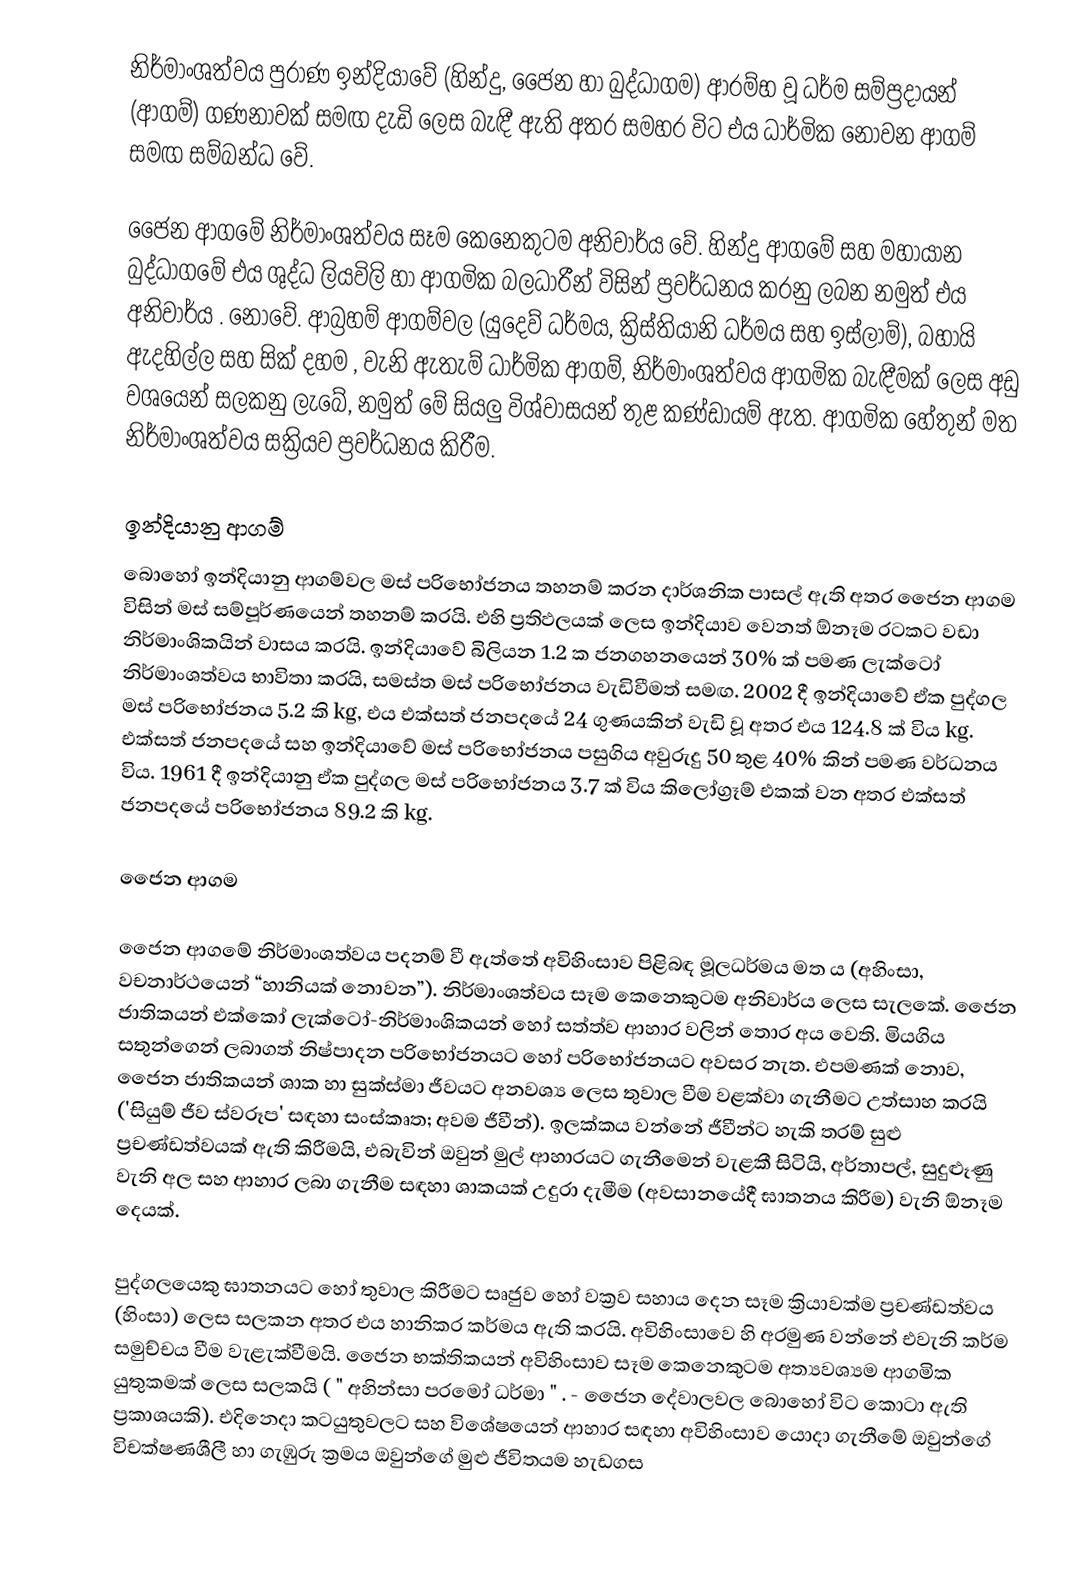
නිර්මාංශත්වය පුරාණ ඉන්දියාවේ (හින්දු, ජෛන හා බුද්ධාගම) ආරම්භ වූ ධර්ම සම්ප්‍රදායන් (ආගම්) ගණනාවක් සමඟ දැඩි ලෙස බැඳී ඇති අතර සමහර විට එය ධාර්මික නොවන ආගම් සමඟ සම්බන්ධ වේ.

ජෛන ආගමේ නිර්මාංශත්වය සෑම කෙනෙකුටම අනිවාර්ය වේ.  හින්දු ආගමේ සහ මහායාන බුද්ධාගමේ එය ශුද්ධ ලියවිලි හා ආගමික බලධාරීන් විසින් ප්‍රවර්ධනය කරනු ලබන නමුත් එය අනිවාර්ය . නොවේ.  ආබ්‍රහම් ආගම්වල (යුදෙව් ධර්මය, ක්‍රිස්තියානි ධර්මය සහ ඉස්ලාම්), බහායි ඇදහිල්ල සහ සික් දහම , වැනි ඇතැම් ධාර්මික ආගම්, නිර්මාංශත්වය ආගමික බැඳීමක් ලෙස අඩු වශයෙන් සලකනු ලැබේ, නමුත් මේ සියලු විශ්වාසයන් තුළ කණ්ඩායම් ඇත.    ආගමික හේතුන් මත නිර්මාංශත්වය සක්‍රියව ප්‍රවර්ධනය කිරීම.

ඉන්දියානු ආගම්
 බොහෝ ඉන්දියානු ආගම්වල මස් පරිභෝජනය තහනම් කරන දාර්ශනික පාසල් ඇති අතර ජෛන ආගම විසින් මස් සම්පූර්ණයෙන් තහනම් කරයි. එහි ප්‍රතිඵලයක් ලෙස ඉන්දියාව වෙනත් ඕනෑම රටකට වඩා නිර්මාංශිකයින් වාසය කරයි. ඉන්දියාවේ බිලියන 1.2 ක ජනගහනයෙන් 30% ක් පමණ ලැක්ටෝ නිර්මාංශත්වය භාවිතා කරයි,  සමස්ත මස් පරිභෝජනය වැඩිවීමත් සමඟ.  2002 දී ඉන්දියාවේ ඒක පුද්ගල මස් පරිභෝජනය 5.2 කි   kg, එය එක්සත් ජනපදයේ 24 ගුණයකින් වැඩි වූ අතර එය 124.8 ක් විය   kg. එක්සත් ජනපදයේ සහ ඉන්දියාවේ මස් පරිභෝජනය පසුගිය අවුරුදු 50 තුළ 40% කින් පමණ වර්ධනය විය. 1961 දී ඉන්දියානු ඒක පුද්ගල මස් පරිභෝජනය 3.7 ක් විය   කිලෝග්‍රෑම් එකක් වන අතර එක්සත් ජනපදයේ පරිභෝජනය 89.2 කි   kg.

ජෛන ආගම

ජෛන ආගමේ නිර්මාංශත්වය පදනම් වී ඇත්තේ අවිහිංසාව පිළිබඳ මූලධර්මය මත ය (අහිංසා, වචනාර්ථයෙන් “හානියක් නොවන”).  නිර්මාංශත්වය සෑම කෙනෙකුටම අනිවාර්ය ලෙස සැලකේ.  ජෛන ජාතිකයන් එක්කෝ ලැක්ටෝ-නිර්මාංශිකයන් හෝ සත්ත්ව ආහාර වලින් තොර අය වෙති.  මියගිය සතුන්ගෙන් ලබාගත් නිෂ්පාදන පරිභෝජනයට හෝ පරිභෝජනයට අවසර නැත.  එපමණක් නොව, ජෛන ජාතිකයන් ශාක හා සුක්ස්මා ජීවයට අනවශ්‍ය ලෙස තුවාල වීම වළක්වා ගැනීමට උත්සාහ කරයි ('සියුම් ජීව ස්වරූප' සඳහා සංස්කෘත; අවම ජීවීන්).  ඉලක්කය වන්නේ ජීවීන්ට හැකි තරම් සුළු ප්‍රචණ්ඩත්වයක් ඇති කිරීමයි, එබැවින් ඔවුන් මුල් ආහාරයට ගැනීමෙන් වැළකී සිටියි, අර්තාපල්, සුදුළූණු වැනි අල සහ ආහාර ලබා ගැනීම සඳහා ශාකයක් උදුරා දැමීම (අවසානයේදී ඝාතනය කිරීම) වැනි ඕනෑම දෙයක්.

පුද්ගලයෙකු ඝාතනයට හෝ තුවාල කිරීමට සෘජුව හෝ වක්‍රව සහාය දෙන සෑම ක්‍රියාවක්ම ප්‍රචණ්ඩත්වය (හිංසා) ලෙස සලකන අතර එය හානිකර කර්මය ඇති කරයි.   අවිහිංසාවෙ හි අරමුණ වන්නේ එවැනි කර්ම සමුච්චය වීම වැළැක්වීමයි.  ජෛන භක්තිකයන් අවිහිංසාව සෑම කෙනෙකුටම අත්‍යවශ්‍යම ආගමික යුතුකමක් ලෙස සලකයි ( " අහින්සා පරමෝ ධර්මා " .  - ජෛන දේවාලවල බොහෝ විට කොටා ඇති ප්‍රකාශයකි).  එදිනෙදා කටයුතුවලට සහ විශේෂයෙන් ආහාර සඳහා අවිහිංසාව යොදා ගැනීමේ ඔවුන්ගේ විචක්ෂණශීලී හා ගැඹුරු ක්‍රමය ඔවුන්ගේ මුළු ජීවිතයම හැඩගස